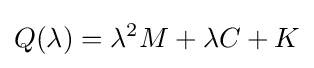
Q(\lambda )=\lambda ^{2}M+\lambda C+K